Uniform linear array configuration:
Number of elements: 8
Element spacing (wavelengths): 1
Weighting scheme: kaiser
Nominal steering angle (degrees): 15
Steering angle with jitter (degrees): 15.035
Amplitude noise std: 0.05
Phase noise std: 0.05

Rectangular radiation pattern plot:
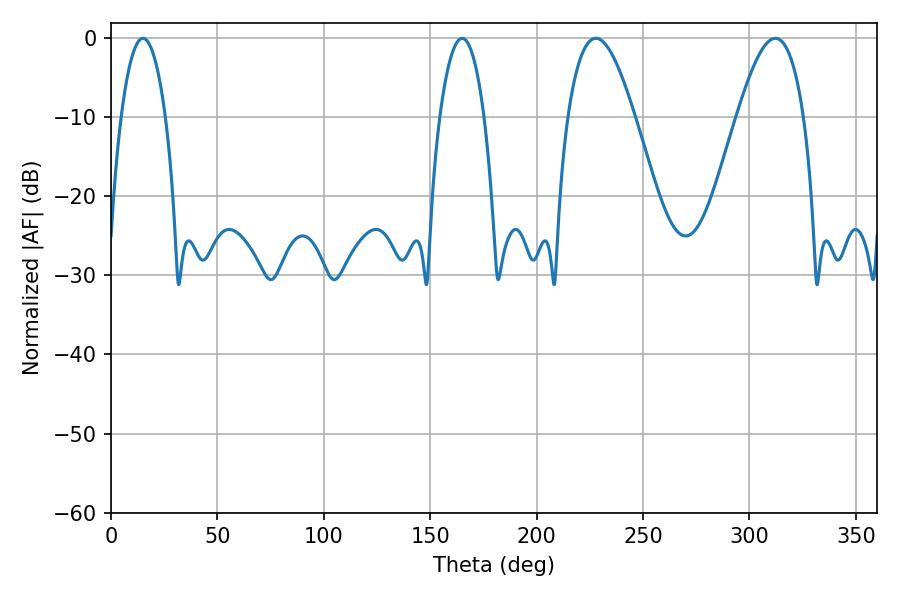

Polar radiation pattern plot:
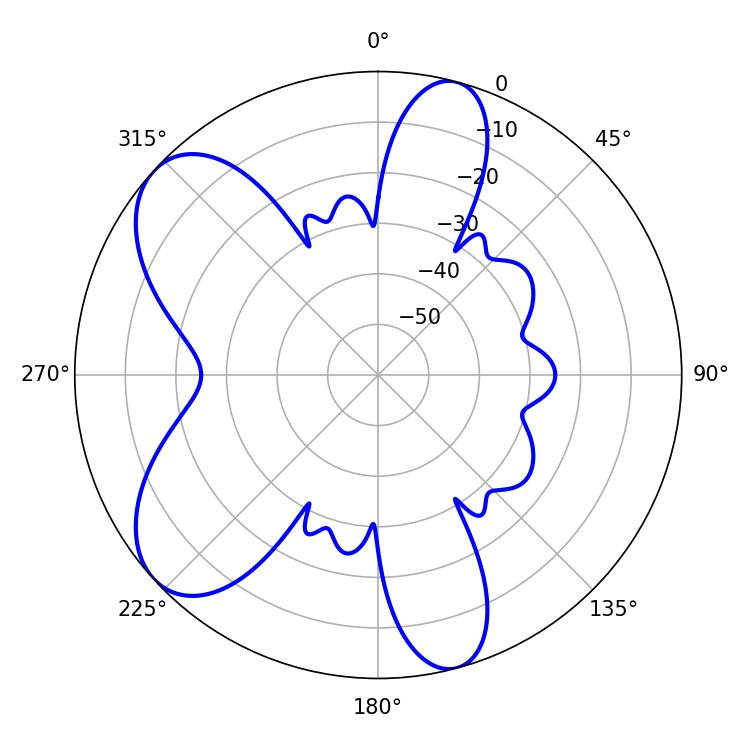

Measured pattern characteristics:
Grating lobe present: TRUE
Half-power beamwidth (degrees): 16.92
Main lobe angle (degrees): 227.88